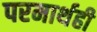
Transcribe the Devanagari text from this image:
परमार्थही